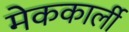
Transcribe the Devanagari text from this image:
मेककार्ली